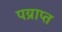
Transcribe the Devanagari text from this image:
पय्राप्त